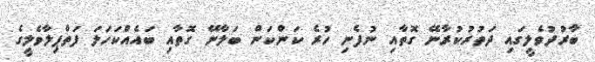
ބާރުދުވެލީގައި ދަތުރުކުރާނޭ ގޮތާއި ނުފެނި ހުރެ ކަންކަން ބަލާނޭ ގޮތާއި ބައެއްކަހަލަ ފަތްޕިލާވެލީގެ